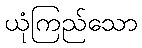
ယုံကြည်သော